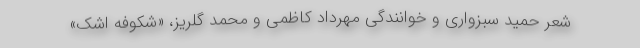
شعر حمید سبزواری و خوانندگی مهرداد کاظمی و محمد گلریز، «شکوفه اشک»